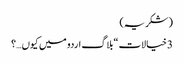
(شکریہ)
3 خیالات “بلاگ اردو میں کیوں…؟